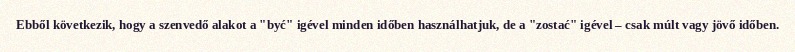
Ebből következik, hogy a szenvedő alakot a "być" igével minden időben használhatjuk, de a "zostać" igével – csak múlt vagy jövő időben.